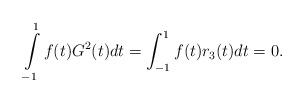
LaTeX: \begin{align*}\int\limits_{-1}^1f(t)G^{2}(t)dt=\int_{-1}^1f(t)r_3(t)dt=0.\end{align*}